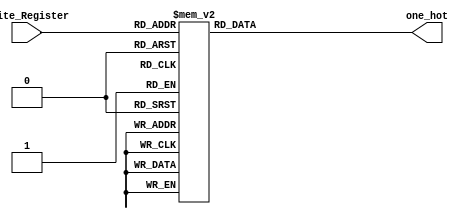
//////////////////////////////////////////////////////////////////////////////////
// Company: ITESO 
// Description: ALU controler decoder RTL design
// Date: 29/Nov/22
//////////////////////////////////////////////////////////////////////////////////
module Decoder_Onehot
(
	input			[4:0]		Write_Register,
	
	output reg	[31:0]	one_hot
);
	
	always@(*) begin
		case (Write_Register)
			0	:	one_hot = 32'b00000000_00000000_00000000_00000001;
			1	:	one_hot = 32'b00000000_00000000_00000000_00000010;
			2	:	one_hot = 32'b00000000_00000000_00000000_00000100;
			3	:	one_hot = 32'b00000000_00000000_00000000_00001000;
			4	:	one_hot = 32'b00000000_00000000_00000000_00010000;
			5	:	one_hot = 32'b00000000_00000000_00000000_00100000;
			6	:	one_hot = 32'b00000000_00000000_00000000_01000000;
			7	:	one_hot = 32'b00000000_00000000_00000000_10000000;
			8	:	one_hot = 32'b00000000_00000000_00000001_00000000;
			9	:	one_hot = 32'b00000000_00000000_00000010_00000000;
			10	:	one_hot = 32'b00000000_00000000_00000100_00000000;
			11	:	one_hot = 32'b00000000_00000000_00001000_00000000;
			12	:	one_hot = 32'b00000000_00000000_00010000_00000000;
			13	:	one_hot = 32'b00000000_00000000_00100000_00000000;
			14	:	one_hot = 32'b00000000_00000000_01000000_00000000;
			15	:	one_hot = 32'b00000000_00000000_10000000_00000000;
			16	:	one_hot = 32'b00000000_00000001_00000000_00000000;
			17	:	one_hot = 32'b00000000_00000010_00000000_00000000;
			18	:	one_hot = 32'b00000000_00000100_00000000_00000000;
			19	:	one_hot = 32'b00000000_00001000_00000000_00000000;
			20	:	one_hot = 32'b00000000_00010000_00000000_00000000;
			21	:	one_hot = 32'b00000000_00100000_00000000_00000000;
			22	:	one_hot = 32'b00000000_01000000_00000000_00000000;
			23	:	one_hot = 32'b00000000_10000000_00000000_00000000;
			24	:	one_hot = 32'b00000001_00000000_00000000_00000000;
			25	:	one_hot = 32'b00000010_00000000_00000000_00000000;
			26	:	one_hot = 32'b00000100_00000000_00000000_00000000;
			27	:	one_hot = 32'b00001000_00000000_00000000_00000000;
			28	:	one_hot = 32'b00010000_00000000_00000000_00000000;
			29	:	one_hot = 32'b00100000_00000000_00000000_00000000;
			30	:	one_hot = 32'b01000000_00000000_00000000_00000000;
			31	:	one_hot = 32'b10000000_00000000_00000000_00000000;
		endcase
	end	
endmodule